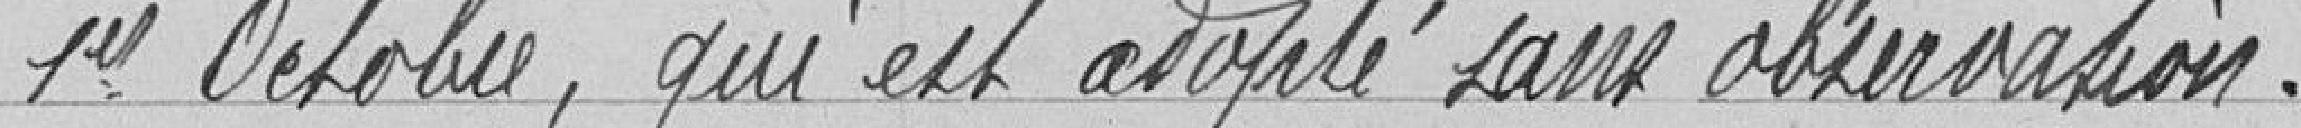
1er octobre, qui est adopté sans observation.